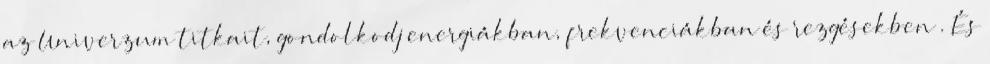
az Univerzum titkait, gondolkodj energiákban, frekvenciákban és rezgésekben”. És